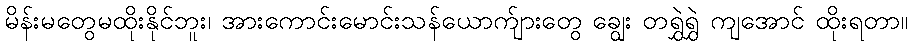
မိန်းမတွေမထိုးနိုင်ဘူး၊ အားကောင်းမောင်းသန်ယောက်ျားတွေ ချွေး တရွှဲရွှဲ ကျအောင် ထိုးရတာ။